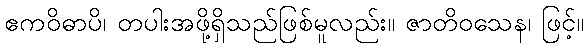
ဧကဝိဓာပိ၊ တပါးအဖို့ရှိသည်ဖြစ်မူလည်း။ ဇာတိဝသေန၊ ဖြင့်။